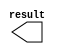
// megafunction wizard: %LPM_CONSTANT%VBB%
// GENERATION: STANDARD
// VERSION: WM1.0
// MODULE: LPM_CONSTANT 

// ============================================================
// Megafunction Name(s):
// 			LPM_CONSTANT
//
// Simulation Library Files(s):
// 			lpm
// ============================================================
// ************************************************************
// THIS IS A WIZARD-GENERATED FILE. DO NOT EDIT THIS FILE!
//
// 13.1.0 Build 162 10/23/2013 SJ Full Version
// ************************************************************

//Copyright (C) 1991-2013 Altera Corporation
//Your use of Altera Corporation's design tools, logic functions 
//and other software and tools, and its AMPP partner logic 
//functions, and any output files from any of the foregoing 
//(including device programming or simulation files), and any 
//associated documentation or information are expressly subject 
//to the terms and conditions of the Altera Program License 
//Subscription Agreement, Altera MegaCore Function License 
//Agreement, or other applicable license agreement, including, 
//without limitation, that your use is for the sole purpose of 
//programming logic devices manufactured by Altera and sold by 
//Altera or its authorized distributors.  Please refer to the 
//applicable agreement for further details.

module titles3_x1 (
	result);

	output	[10:0]  result;

endmodule

// ============================================================
// CNX file retrieval info
// ============================================================
// Retrieval info: PRIVATE: INTENDED_DEVICE_FAMILY STRING "Cyclone V"
// Retrieval info: PRIVATE: JTAG_ENABLED NUMERIC "1"
// Retrieval info: PRIVATE: JTAG_ID STRING "t3x1"
// Retrieval info: PRIVATE: Radix NUMERIC "10"
// Retrieval info: PRIVATE: SYNTH_WRAPPER_GEN_POSTFIX STRING "0"
// Retrieval info: PRIVATE: Value NUMERIC "1"
// Retrieval info: PRIVATE: nBit NUMERIC "11"
// Retrieval info: PRIVATE: new_diagram STRING "1"
// Retrieval info: LIBRARY: lpm lpm.lpm_components.all
// Retrieval info: CONSTANT: LPM_CVALUE NUMERIC "1"
// Retrieval info: CONSTANT: LPM_HINT STRING "ENABLE_RUNTIME_MOD=YES, INSTANCE_NAME=t3x1"
// Retrieval info: CONSTANT: LPM_TYPE STRING "LPM_CONSTANT"
// Retrieval info: CONSTANT: LPM_WIDTH NUMERIC "11"
// Retrieval info: USED_PORT: result 0 0 11 0 OUTPUT NODEFVAL "result[10..0]"
// Retrieval info: CONNECT: result 0 0 11 0 @result 0 0 11 0
// Retrieval info: GEN_FILE: TYPE_NORMAL titles3_x1.v TRUE
// Retrieval info: GEN_FILE: TYPE_NORMAL titles3_x1.inc FALSE
// Retrieval info: GEN_FILE: TYPE_NORMAL titles3_x1.cmp FALSE
// Retrieval info: GEN_FILE: TYPE_NORMAL titles3_x1.bsf TRUE FALSE
// Retrieval info: GEN_FILE: TYPE_NORMAL titles3_x1_inst.v FALSE
// Retrieval info: GEN_FILE: TYPE_NORMAL titles3_x1_bb.v TRUE
// Retrieval info: LIB_FILE: lpm